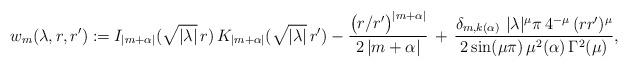
LaTeX: \begin{align*} w_m(\lambda, r,r') := I_{|m+\alpha|}(\sqrt{|\lambda|}\, r)\, K_{|m+\alpha|}(\sqrt{|\lambda|}\, r') - \frac{ \big(r/r'\big)^{|m+\alpha|}}{2\, |m+\alpha|}\, + \, \frac{\delta_{m,k(\alpha)}\ |\lambda|^{\mu }\pi\, 4^{-\mu } \, (r r')^{\mu }}{2 \sin(\mu \pi)\, \mu^2(\alpha)\, \Gamma^2(\mu )} ,\end{align*}